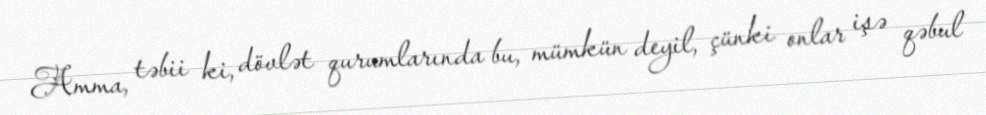
Amma, təbii ki, dövlət qurumlarında bu, mümkün deyil, çünki onlar işə qəbul